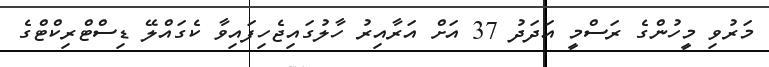
މަރުވި މީހުންގެ ރަސްމީ އަދަދު 37 އަށް އަރާއިރު ހާލުގައިޖެހިފައިވާ ކެގައްލޭ ޑިސްޓްރިކްޓްގެ